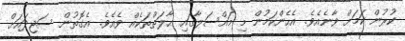
ކުރުން ކަމަށް ވާނެއެވެ. އެހެންކަމުން މި މައްސަލާގައި ޙާލަތްތަކެއް ވެއެވެ. އެގޮތުން ސަޖިދައަށް